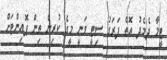
ޓީމާ ދެމެދު އޮތް ފަރަގު ސިޓީ ވަނީ މީގެ ކުރިން ތިން ޕޮއިންޓަށް